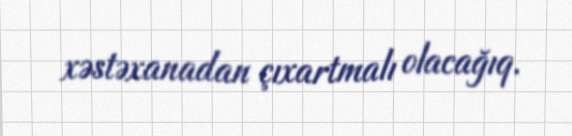
xəstəxanadan çıxartmalı olacağıq.